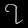
Digit: ၇